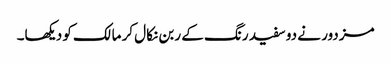
مزدور نے دو سفید رنگ کے ربن نکال کر مالک کو دیکھا۔